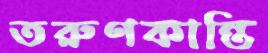
তরুণকান্তি